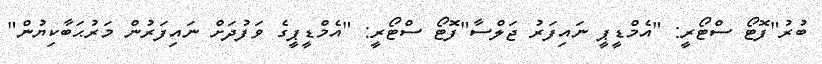
ބުރު"ފޮޓޯ ސްޓޯރީ: "އެމްޑީޕީ ނައިފަރު ޖަލްސާ"ފޮޓޯ ސްޓޯރީ: "އެމްޑީޕީގެ ވަފުދަށް ނައިފަރުން މަރުޙަބާކިޔުން"